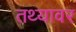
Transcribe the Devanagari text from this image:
तथ्यावर